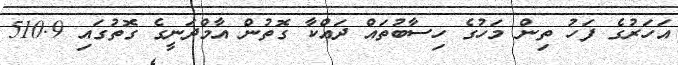
އަހަރުގެ ފަހު ތިން މަހުގެ ހިސާބުތައް ދައްކާ ގޮތުން އާމްދަނީގެ ގޮތުގައި 510.9